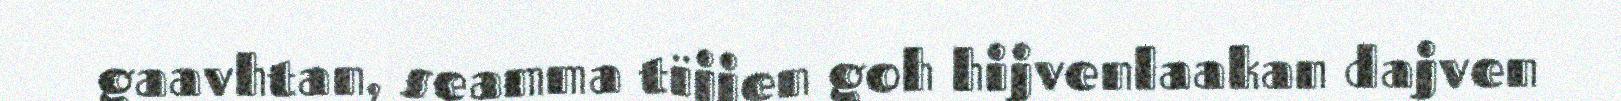
gaavhtan, seamma tïjjen goh hijvenlaakan dajven